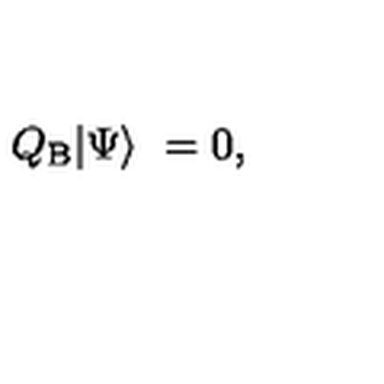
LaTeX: Q _ { \mathrm { B } } | \Psi \rangle \ = 0 ,